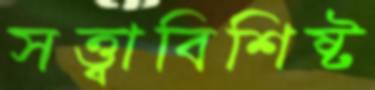
সত্ত্বাবিশিষ্ট